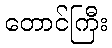
တောင်ကြီး